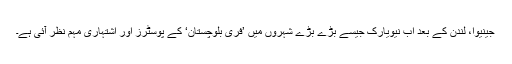
جینیوا، لندن کے بعد اب نیویارک جیسے بڑے بڑے شہروں میں ’فری بلوچستان‘ کے پوسٹرز اور اشتہاری مہم نظر آئی ہے۔